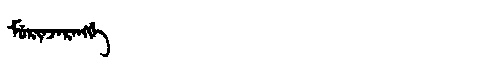
Manchu: ᠮᡠᡵᡳᠨᠵᠠᡵᠠᠩᡤᡝ
Romanization: MURINJARANGGE